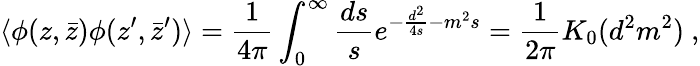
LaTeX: \langle\phi(z,\bar{z})\phi(z^{\prime},\bar{z}^{\prime})\rangle={\frac{1}{4\pi}}\int_{0}^{\infty}{\frac{ds}{s}}e^{-{\frac{d^{2}}{4s}}-m^{2}s}={\frac{1}{2\pi}}K_{0}(d^{2}m^{2})~,